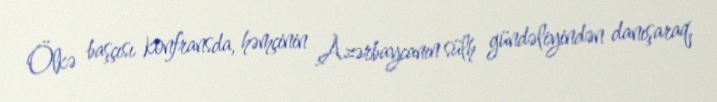
Ölkə başçısı konfransda, həmçinin Azərbaycanın sülh gündəliyindən danışaraq,